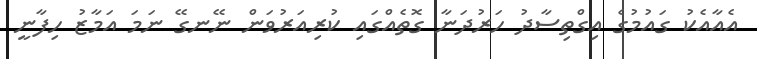
އެއާއެކު ގައުމުގެ އިގްތިސާދު ހަރުދަނާ ގޮތެއްގައި ކުރިއަރުވަން ނޭނގޭ ނަމަ އަމާޒު ހިފާނީ